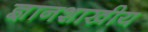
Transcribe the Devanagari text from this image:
ज्ञानशाखीय